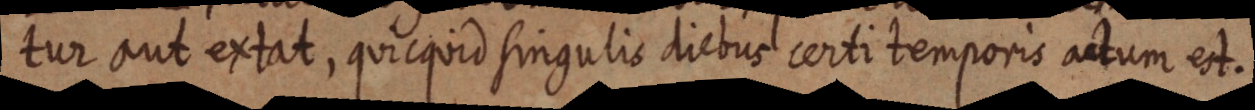
tur aut extat, quicquid singulis diebus certi temporis actum est.